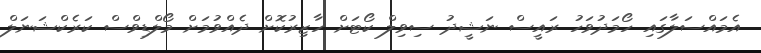
އެމައްސަލާގައި ހޯމަދުވަހު ރައީސް ނަޝީދު ސިވިލް ކޯޓަށް ހާޒިރުކޮށް ދެއްވުމަށް މޯލްޑިވްސް ކަރެކްޝަނަލް